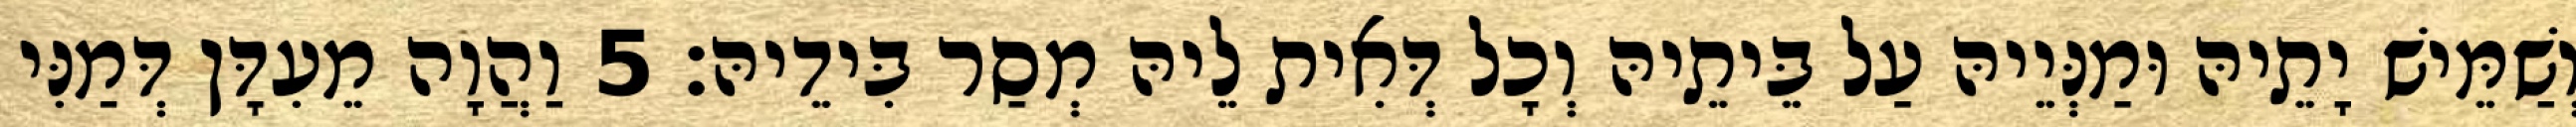
וְשַׁמֵּישׁ יָתֵיהּ וּמַנְּיֵיהּ עַל בֵּיתֵיהּ וְכָל דְּאִית לֵיהּ מְסַר בִּידֵיהּ׃ 5 וַהֲוָה מֵעִדָּן דְּמַנִּי